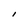
Character: I